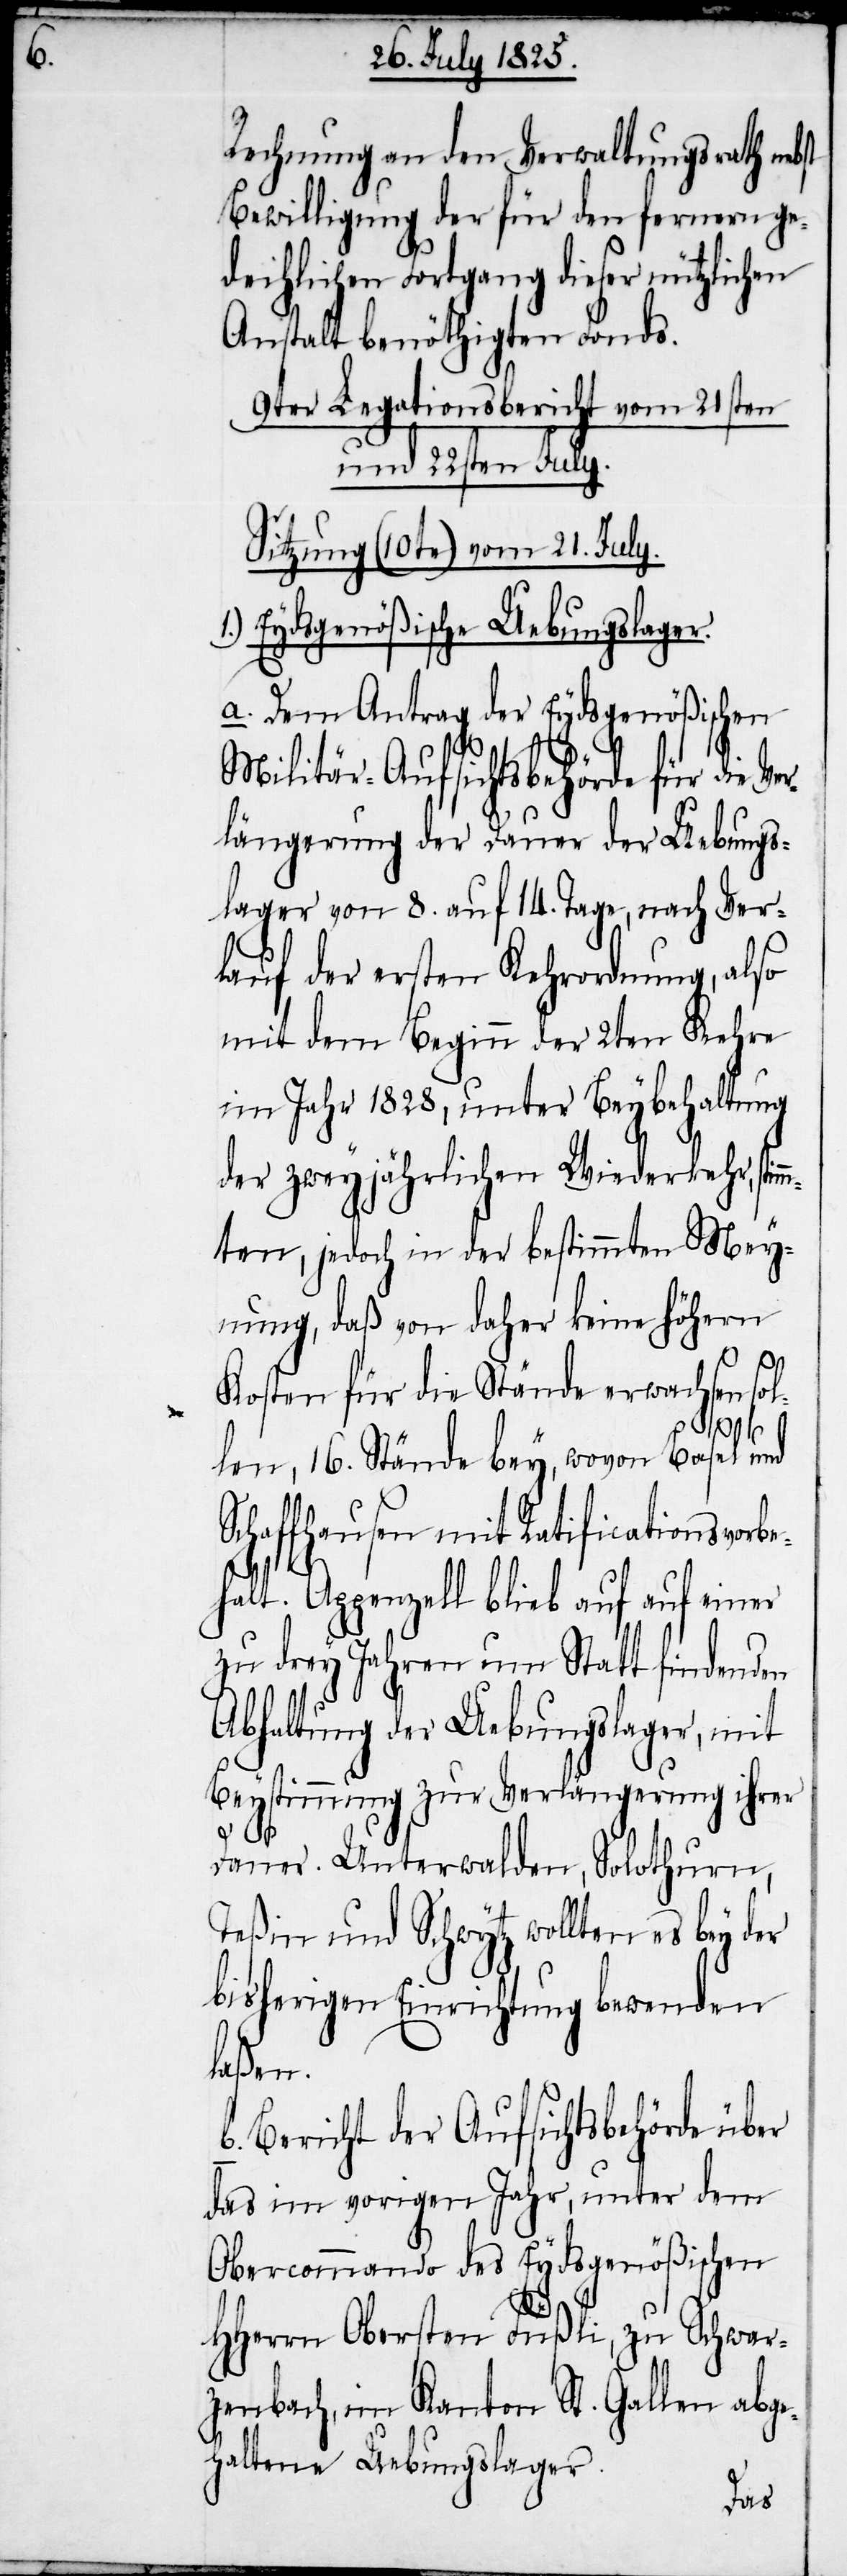
Rechnung an den Verwaltungsrath nebst
Bewilligung der für den fernern ge¬
deihlichen Fortgang dieser nützlichen
Anstalt benöthigten Fonds.
9ter Legationsbericht vom 21sten
und 22sten July.
Sitzung (10te) vom 21. July.
Eydsgenößische Uebungslager.
a. Dem Antrag der Eydsgenößischen
Militär-Aufsichtsbehörde für die
längerung der Dauer der Uebungs¬
lager von 8. auf 14. Tage, nach Ver¬
lauf der ersten Kehrordnung, also
mit dem Beginn der 2ten Kehre
im Jahr 1828, unter Beybehaltung
der zweyjährlichen Wiederkehr, stim¬
mten, jedoch in der bestimmten Mey¬
nung, daß von daher keine höhern
Kosten für die Stände erwachsen sol¬
Ver¬
len, 16. Stände bey, wovon Basel und
Schaffhausen mit Ratificationsvorb¬
ehalt. Appenzell blieb auf auf [sic!]
zu drey Jahren um Statt findenden
Abhaltung der Uebungslager, mit
Beystimmung zur Verlängerung ihrer
Dauer. Unterwalden, Solothurn,
Teßin und Schwytz wollten es bey der
bisherigen Einrichtung bewenden
laßen.
b. Bericht der Aufsichtsbehörde über
das im vorigen Jahr, unter dem
Obercommando des Eydsgenößischen
HHerrn Obersten Füßli, zu Schwar¬
zenbach, im Kanton St. Gallen abge¬
haltene Uebungslager.